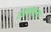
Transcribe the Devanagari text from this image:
वसवायला